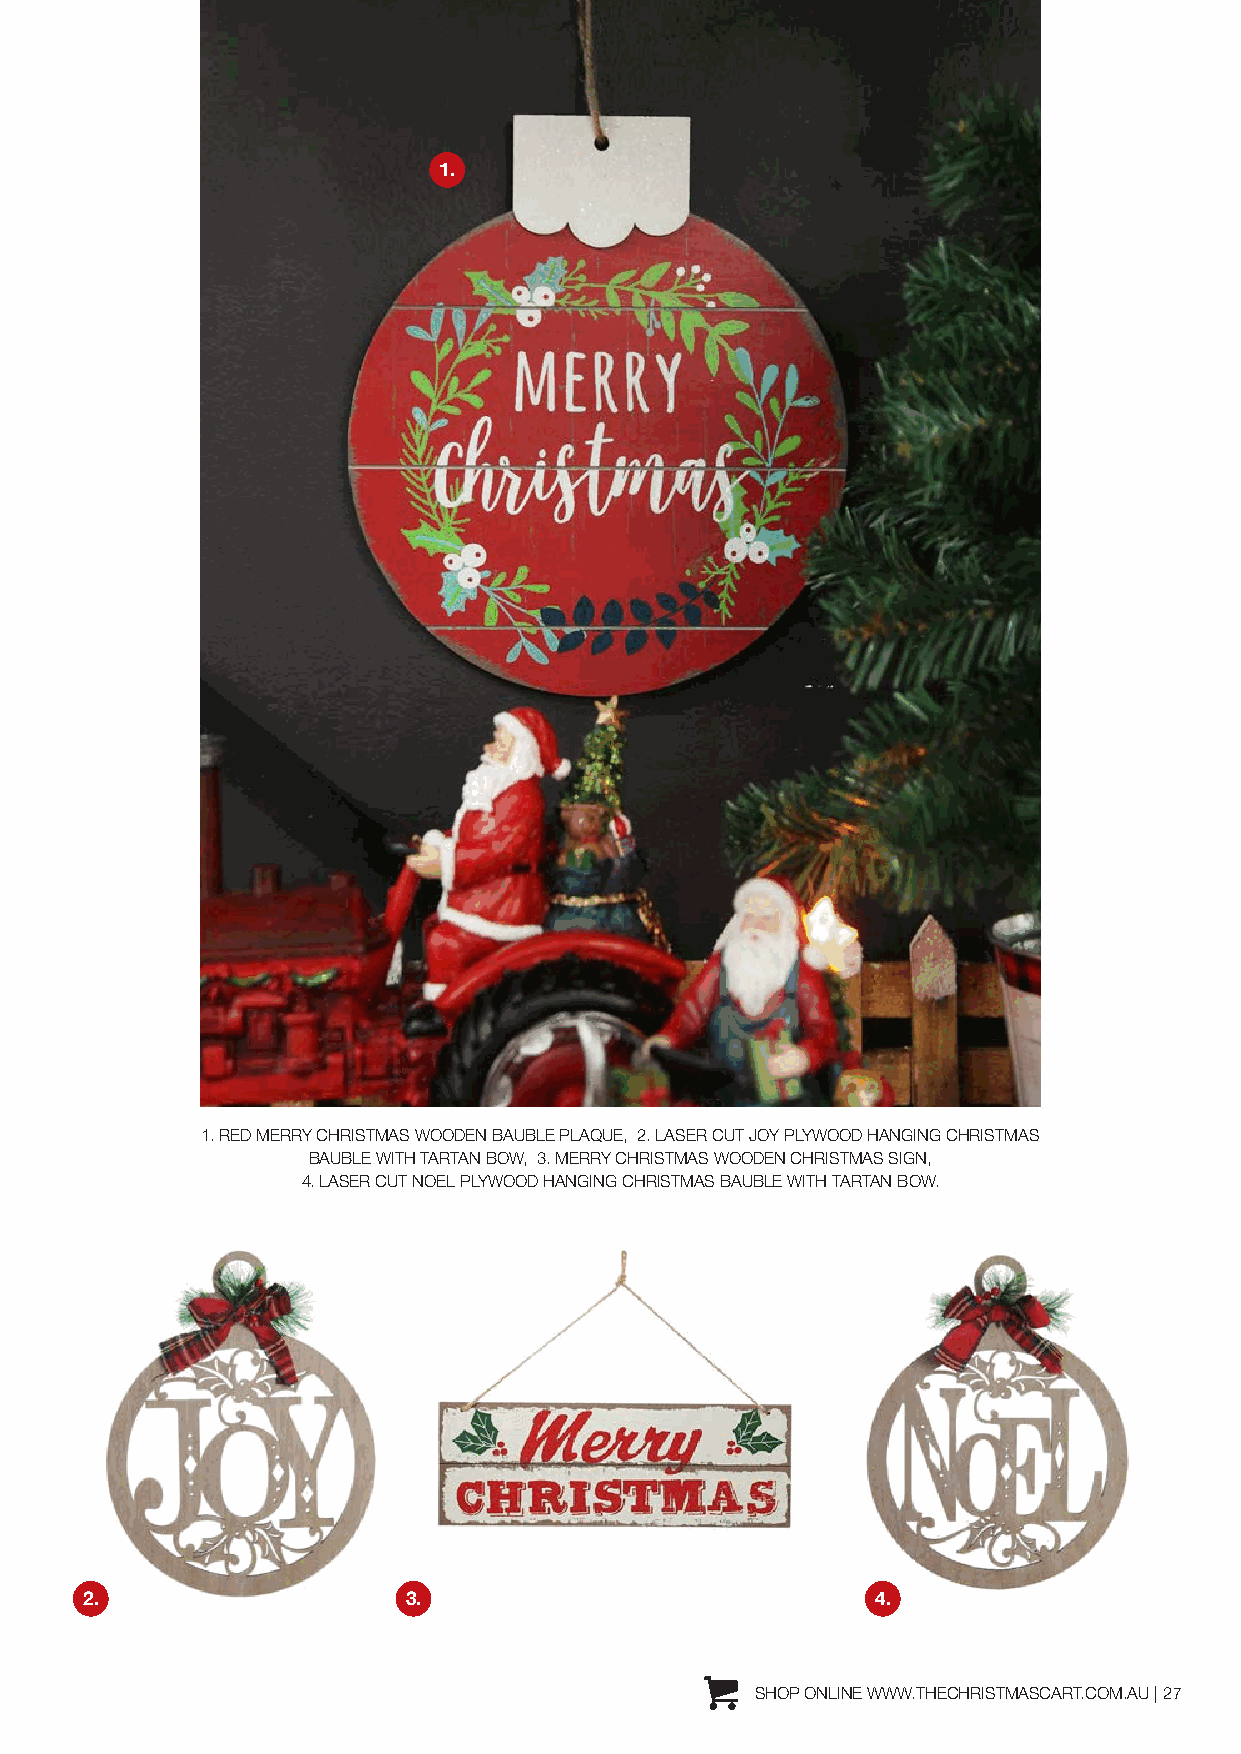
1.
 1. RED MERRY CHRISTMAS WOODEN BAUBLE PLAQUE, 2. LASER CUT JOY PLYWOOD HANGING CHRISTMAS
 BAUBLE WITH TARTAN BOW, 3. MERRY CHRISTMAS WOODEN CHRISTMAS SIGN,
 4. LASER CUT NOEL PLYWOOD HANGING CHRISTMAS BAUBLE WITH TARTAN BOW.
 2.                    3.                             4.
 SHOP ONLINE WWW.THECHRISTMASCART.COM.AU | 27